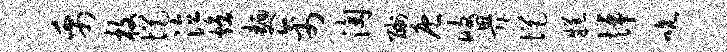
禹枚悒泣焕面禽淘酬庖攸畀悒糕悼吮